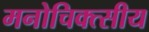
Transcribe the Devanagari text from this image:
मनोचिक्त्सीय